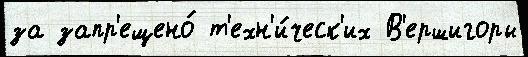
за запр'ещено́ т'ехн'и́ческ'их В'ершигоры